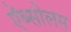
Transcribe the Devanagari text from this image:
ऍब्सोलम